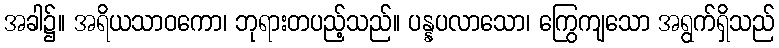
အခါ၌။ အရိယသာဝကော၊ ဘုရားတပည့်သည်။ ပန္နပလာသော၊ ကြွေကျသော အရွက်ရှိသည်